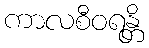
ကာလစီဝရန္တိ